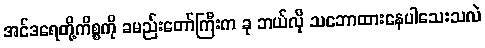
အင်ဒရေတို့ကိစ္စကို ခမည်းတော်ကြီးက ခု ဘယ်လို သဘောထားနေပါသေးသလဲ